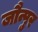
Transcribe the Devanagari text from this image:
जौन्पुर